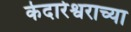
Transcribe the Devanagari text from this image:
केदारेश्वराच्या